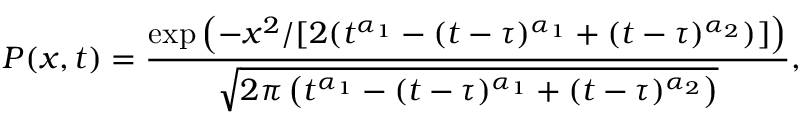
P ( x , t ) = \frac { \exp \left( - x ^ { 2 } / [ 2 ( t ^ { \alpha _ { 1 } } - ( t - \tau ) ^ { \alpha _ { 1 } } + ( t - \tau ) ^ { \alpha _ { 2 } } ) ] \right) } { \sqrt { 2 \pi \left( t ^ { \alpha _ { 1 } } - ( t - \tau ) ^ { \alpha _ { 1 } } + ( t - \tau ) ^ { \alpha _ { 2 } } \right) } } ,